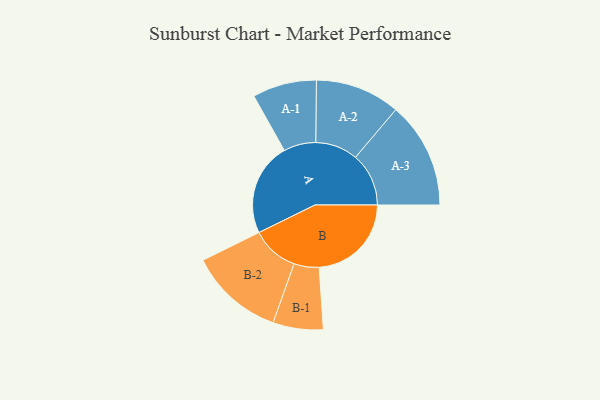
{"axis": {"x": "Segment", "y": "Value"}, "legend": ["", "A", "B"], "data": [{"x": "A", "y": 489, "type": ""}, {"x": "B", "y": 485, "type": ""}, {"x": "A-1", "y": 169, "type": "A"}, {"x": "A-2", "y": 223, "type": "A"}, {"x": "A-3", "y": 280, "type": "A"}, {"x": "B-1", "y": 132, "type": "B"}, {"x": "B-2", "y": 249, "type": "B"}]}